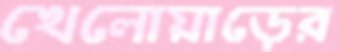
খেলোয়াড়ের